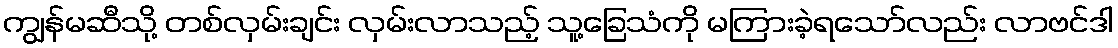
ကျွန်မဆီသို့ တစ်လှမ်းချင်း လှမ်းလာသည့် သူ့ခြေသံကို မကြားခဲ့ရသော်လည်း လာဗင်ဒါ